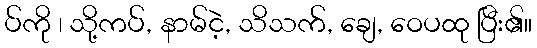
ပ်ကို ၊ သို့ကပ်, နာမ်ငဲ့, သိသက်, ချေ, ဝေပထု ပြီး၏။